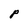
Character: P